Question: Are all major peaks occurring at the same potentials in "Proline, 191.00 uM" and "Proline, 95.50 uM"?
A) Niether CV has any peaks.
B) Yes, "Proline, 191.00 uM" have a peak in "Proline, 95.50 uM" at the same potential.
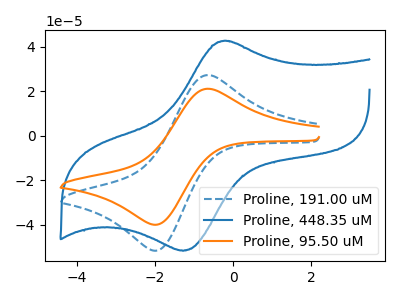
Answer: <think>The blue dashed curve "Proline, 191.00 uM" has an anodic peak at (-0.65V, 27.25uA) and a cathodic peak at (-1.95V, -51.50uA). The blue curve "Proline, 448.35 uM" has an anodic peak at (-0.15V, 42.55uA) and a cathodic peak at (-1.30V, -51.70uA). The orange curve "Proline, 95.50 uM" has an anodic peak at (-0.65V, 21.10uA) and a cathodic peak at (-1.95V, -39.90uA).</think>
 <answer>B) Yes, "Proline, 191.00 uM" have a peak in "Proline, 95.50 uM" at the same potential.</answer>
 <eval>B</eval>